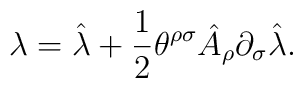
\lambda =\hat \lambda +\frac{1}{2}\theta^{\rho\sigma}\hat A_{\rho}\partial_{\sigma}\hat \lambda .